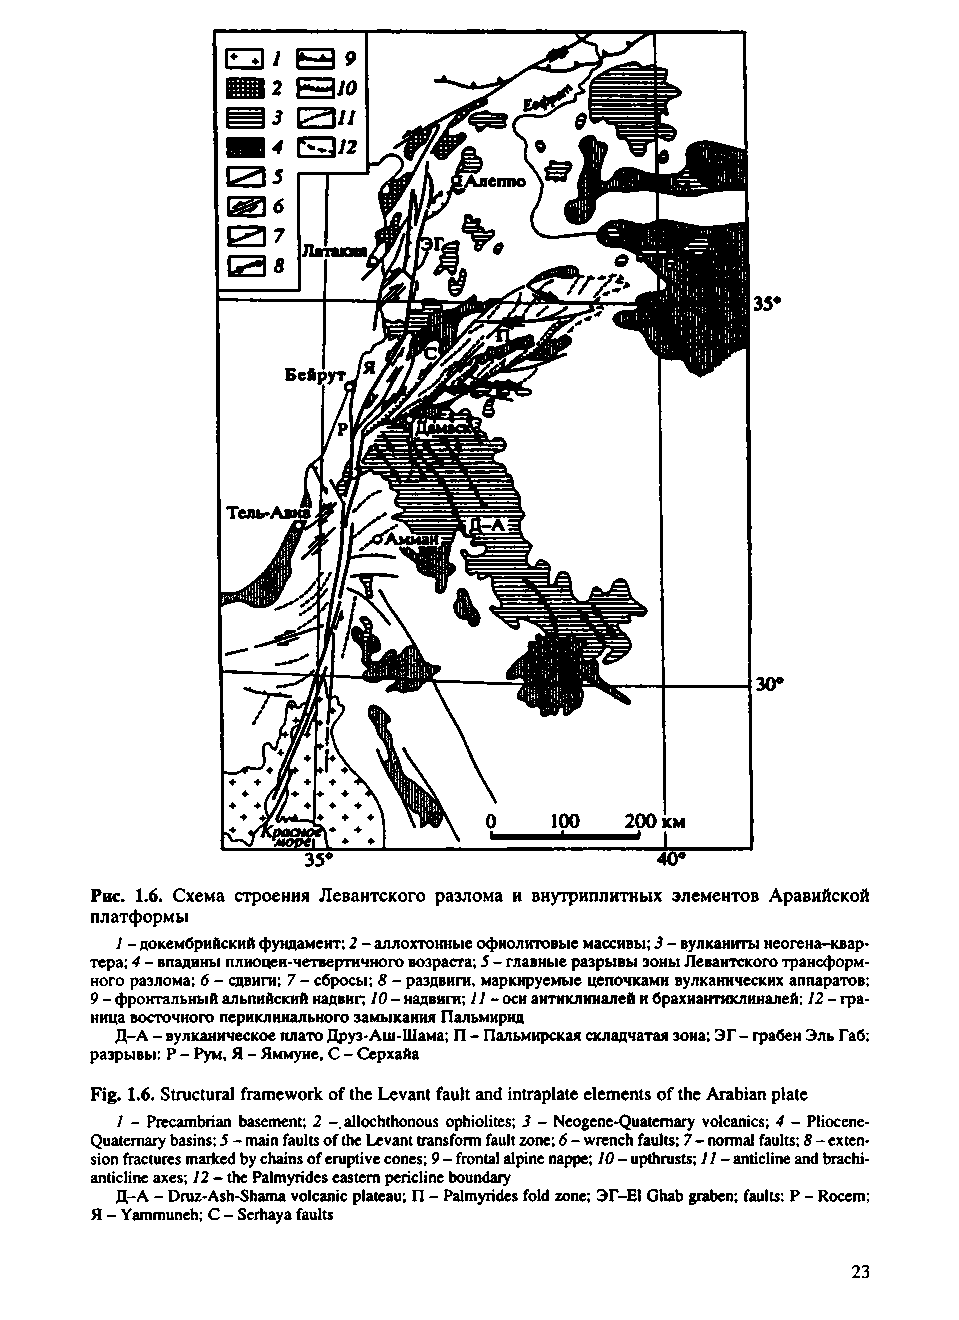
Рис. 1.6. Схема строения Левантского разлома и внутриплитных элементов Аравийской
 платформы
 1 - докембрийский фундамент; 2 - аллохтонные офиолитовые массивы; 3 - вулканиты неогена-квар­
 тера; 4 - впадины плиоцен-четвертичного возраста; 5 - главные разрывы зоны Левантского трансформ­
 ного разлома; 6 - сдвиги; 7 - сбросы; 8 - раздвиги, маркируемые цепочками вулканических аппаратов;
 9 - фронтальный альпийский надвиг; 10 - надвиги; 11 - оси антиклиналей и брахиантиклиналей; 12 - гра­
 ница восточного периклинального замыкания Пальмирид
 Д-А - вулканическое плато Друз-Аш-Шама; П - Пальмирская складчатая зона; ЭГ - грабен Эль Габ;
 разрывы: Р - Рум, Я - Яммуне, С - Серхайа
 Fig. 1.6. Structural framework of the Levant fault and intraplate elements of the Arabian plate
 1 - Precambrian basement; 2 -.allochthonous ophiolites; 3 - Neogene-Quatemary volcanics; 4 - Pliocene-
 Quaternary basins; 5 - main faults of the Levant transform fault zone; 6 - wrench faults; 7 - normal faults; 8 - exten­
 sion fractures marked by chains of eruptive cones; 9 - frontal alpine nappe; 10 - upthrusts; // - anticline and brachi-
 anticline axes; 12 - the Palmyrides eastern pericline boundary
 Д-A - Druz-Ash-Shama volcanic plateau; П - Palmyrides fold zone; ЭГ-El Ghab graben; faults: P - Rocem;
 Я - Yammuneh; C - Serhaya faults
 23